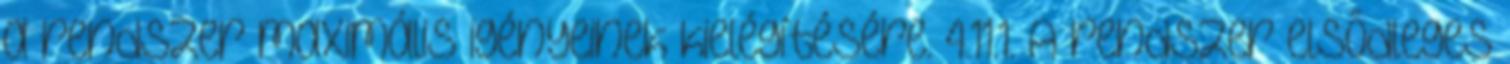
a rendszer maximális igényeinek kielégítésére. 4.11.1. A rendszer elsõdleges